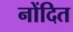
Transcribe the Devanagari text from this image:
नोंदित